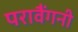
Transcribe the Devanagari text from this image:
परावैंगनी